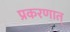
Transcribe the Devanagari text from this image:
प्रकरणात्‌